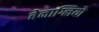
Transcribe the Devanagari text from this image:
बेनाग्लियो